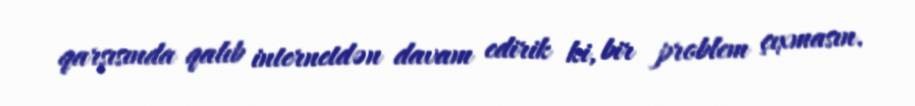
qarşısında qalıb internetdən davam edirik ki, bir problem çıxmasın.